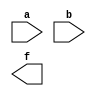
`timescale 1ns / 1ps
//////////////////////////////////////////////////////////////////////////////////
// Company: 
// Engineer: 
// 
// Design Name: 
// Module Name: test1
// Project Name: 
// Target Devices: 
// Tool Versions: 
// Description: 
// 
// Dependencies: 
// 
// Revision:
// Revision 0.01 - File Created
// Additional Comments:
// 
//////////////////////////////////////////////////////////////////////////////////


module test1(
    input a,
    input b,
    output f
    );
endmodule